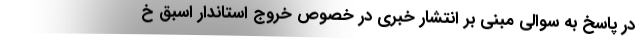
در پاسخ به سوالی مبنی بر انتشار خبری در خصوص خروج استاندار اسبق خ